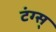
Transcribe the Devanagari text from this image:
टंग्स्